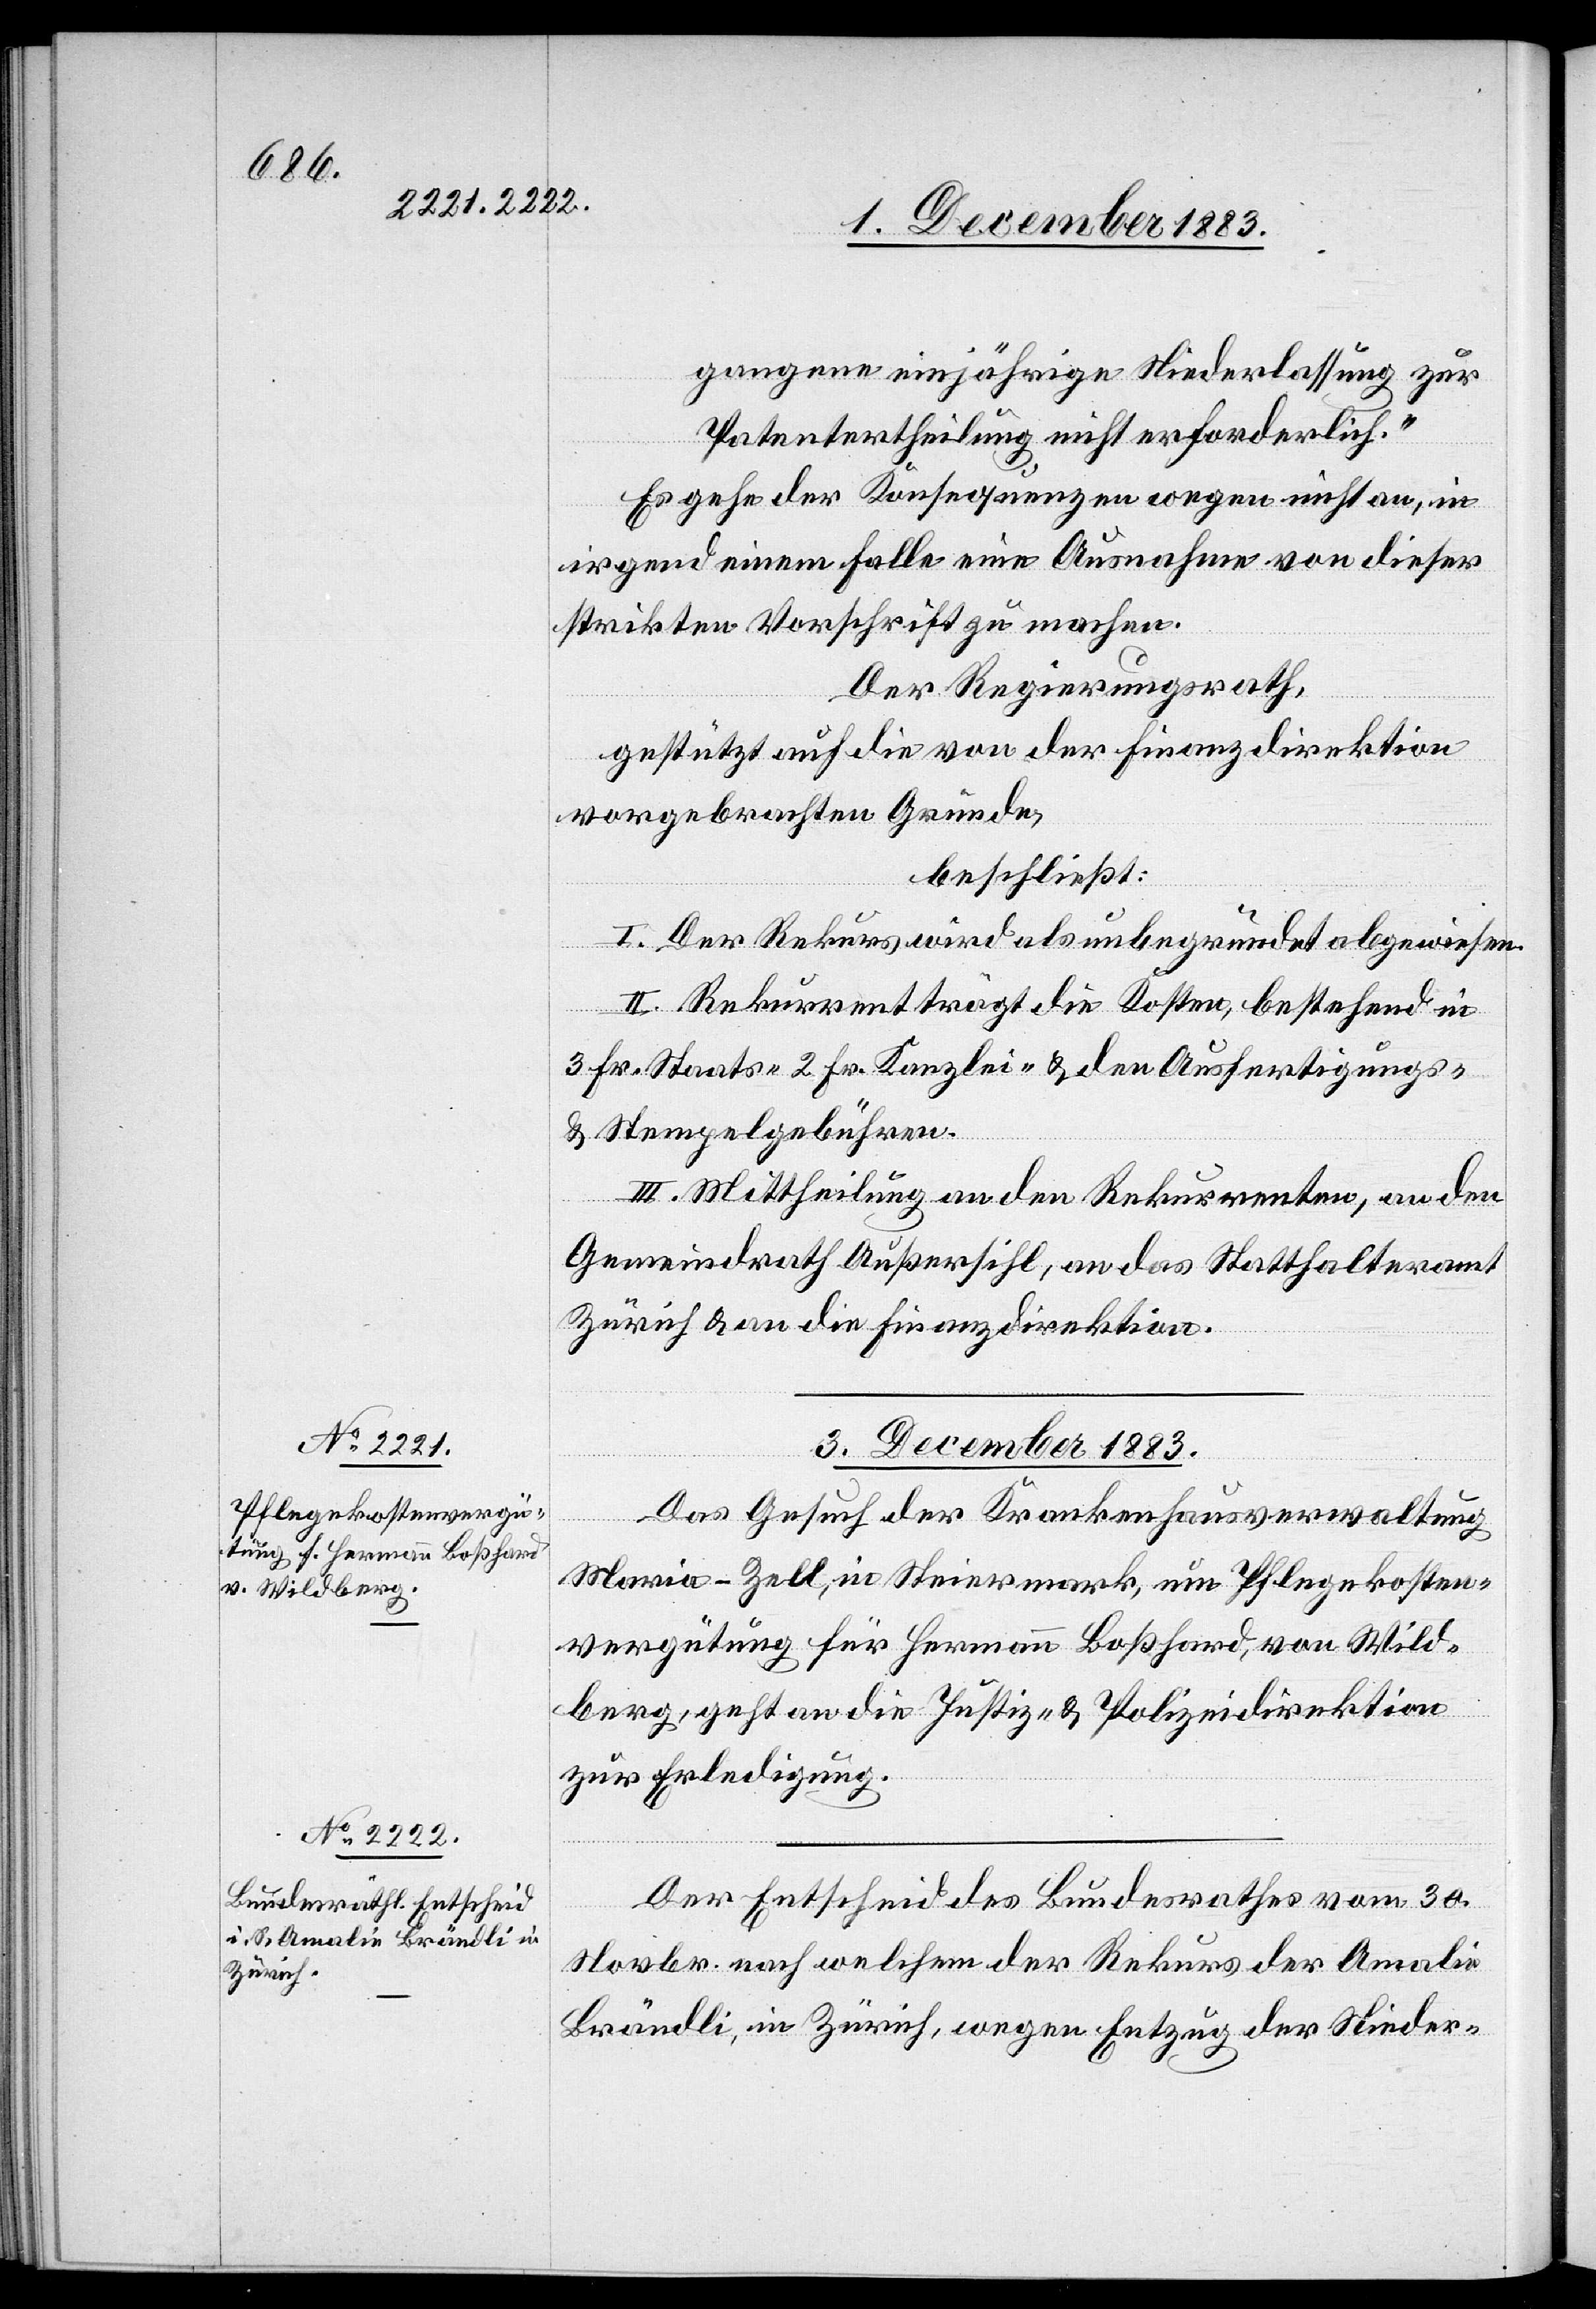
gangene einjährige Niederlassung zur
Patentertheilung nicht erforderlich.“
Es gehe der Konsequenzen wegen nicht an, in
irgend einem Falle eine Ausnahme von dieser
strikten Vorschrift zu machen.
Der Regierungsrath,
gestützt auf die von der Finanzdirektion
vorgebrachten Gründe,
beschließt:
I. Der Rekurs wird als unbegründet abgewiesen.
II. Rekurrent trägt die Kosten, bestehend in
3 Fr. Staats-[,] 2 Fr. Kanzlei- & den Ausfertigungs-
& Stempelgebühren.
3. December 1883.]
Das Gesuch der Krankenhausverwaltung
Maria-Zell, in Steiermark, um Pflegekosten¬
vergütung für Hermann Boßhard, von Wil¬
berg, geht an die Justiz- & Polizeidirektion
zur Erledigung.
Der Entscheid des Bundesrathes vom 30.
Novbr. nach welchem der Rekurs der Amalie
Brändli, in Zürich, wegen Entzug der Nieder-